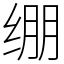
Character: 绷